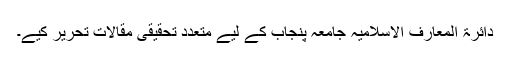
دائرۃ المعارف الاسلامیہ جامعہ پنجاب کے لیے متعدد تحقیقی مقالات تحریر کیے۔